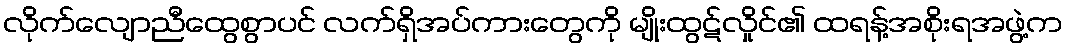
လိုက်လျောညီထွေစွာပင် လက်ရှိအပ်ကားတွေကို မျိုးထွဋ်လှိုင်၏ ထရန့်အစိုးရအဖွဲ့က